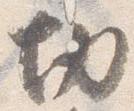
切